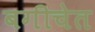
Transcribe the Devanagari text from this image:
बगीचेत